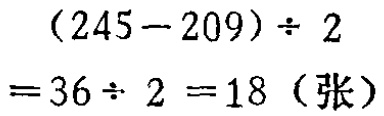
\((245 - 209)\div 2\\

= 36\div 2 = 18 \text{（张）}\)